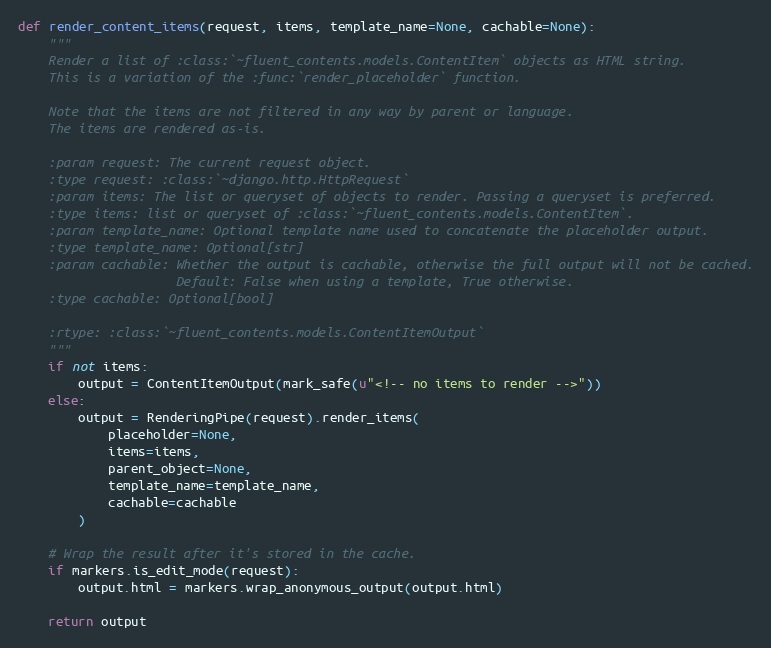
Language: Python
def render_content_items(request, items, template_name=None, cachable=None):
    """
    Render a list of :class:`~fluent_contents.models.ContentItem` objects as HTML string.
    This is a variation of the :func:`render_placeholder` function.

    Note that the items are not filtered in any way by parent or language.
    The items are rendered as-is.

    :param request: The current request object.
    :type request: :class:`~django.http.HttpRequest`
    :param items: The list or queryset of objects to render. Passing a queryset is preferred.
    :type items: list or queryset of :class:`~fluent_contents.models.ContentItem`.
    :param template_name: Optional template name used to concatenate the placeholder output.
    :type template_name: Optional[str]
    :param cachable: Whether the output is cachable, otherwise the full output will not be cached.
                     Default: False when using a template, True otherwise.
    :type cachable: Optional[bool]

    :rtype: :class:`~fluent_contents.models.ContentItemOutput`
    """
    if not items:
        output = ContentItemOutput(mark_safe(u"<!-- no items to render -->"))
    else:
        output = RenderingPipe(request).render_items(
            placeholder=None,
            items=items,
            parent_object=None,
            template_name=template_name,
            cachable=cachable
        )

    # Wrap the result after it's stored in the cache.
    if markers.is_edit_mode(request):
        output.html = markers.wrap_anonymous_output(output.html)

    return output